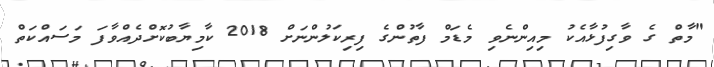
"މާތް ގެ ވާގިފުޅާއެކު މިއިންނެވި މެޑަމް ފާތުންގެ ފިރިކަލުންނަށް 2018 ކާމިޔާބުކޮށްދެއްވާފަ މަސައްކަތް